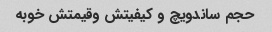
حجم ساندویچ و کیفیتش وقیمتش خوبه